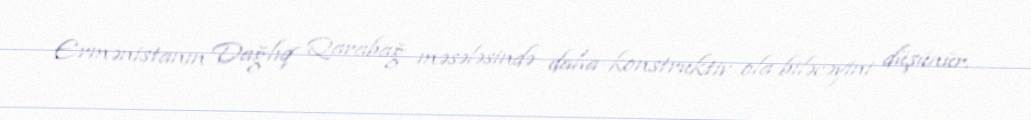
Ermənistanın Dağlıq Qarabağ məsələsində daha konstruktiv ola biləcəyini düşünür.